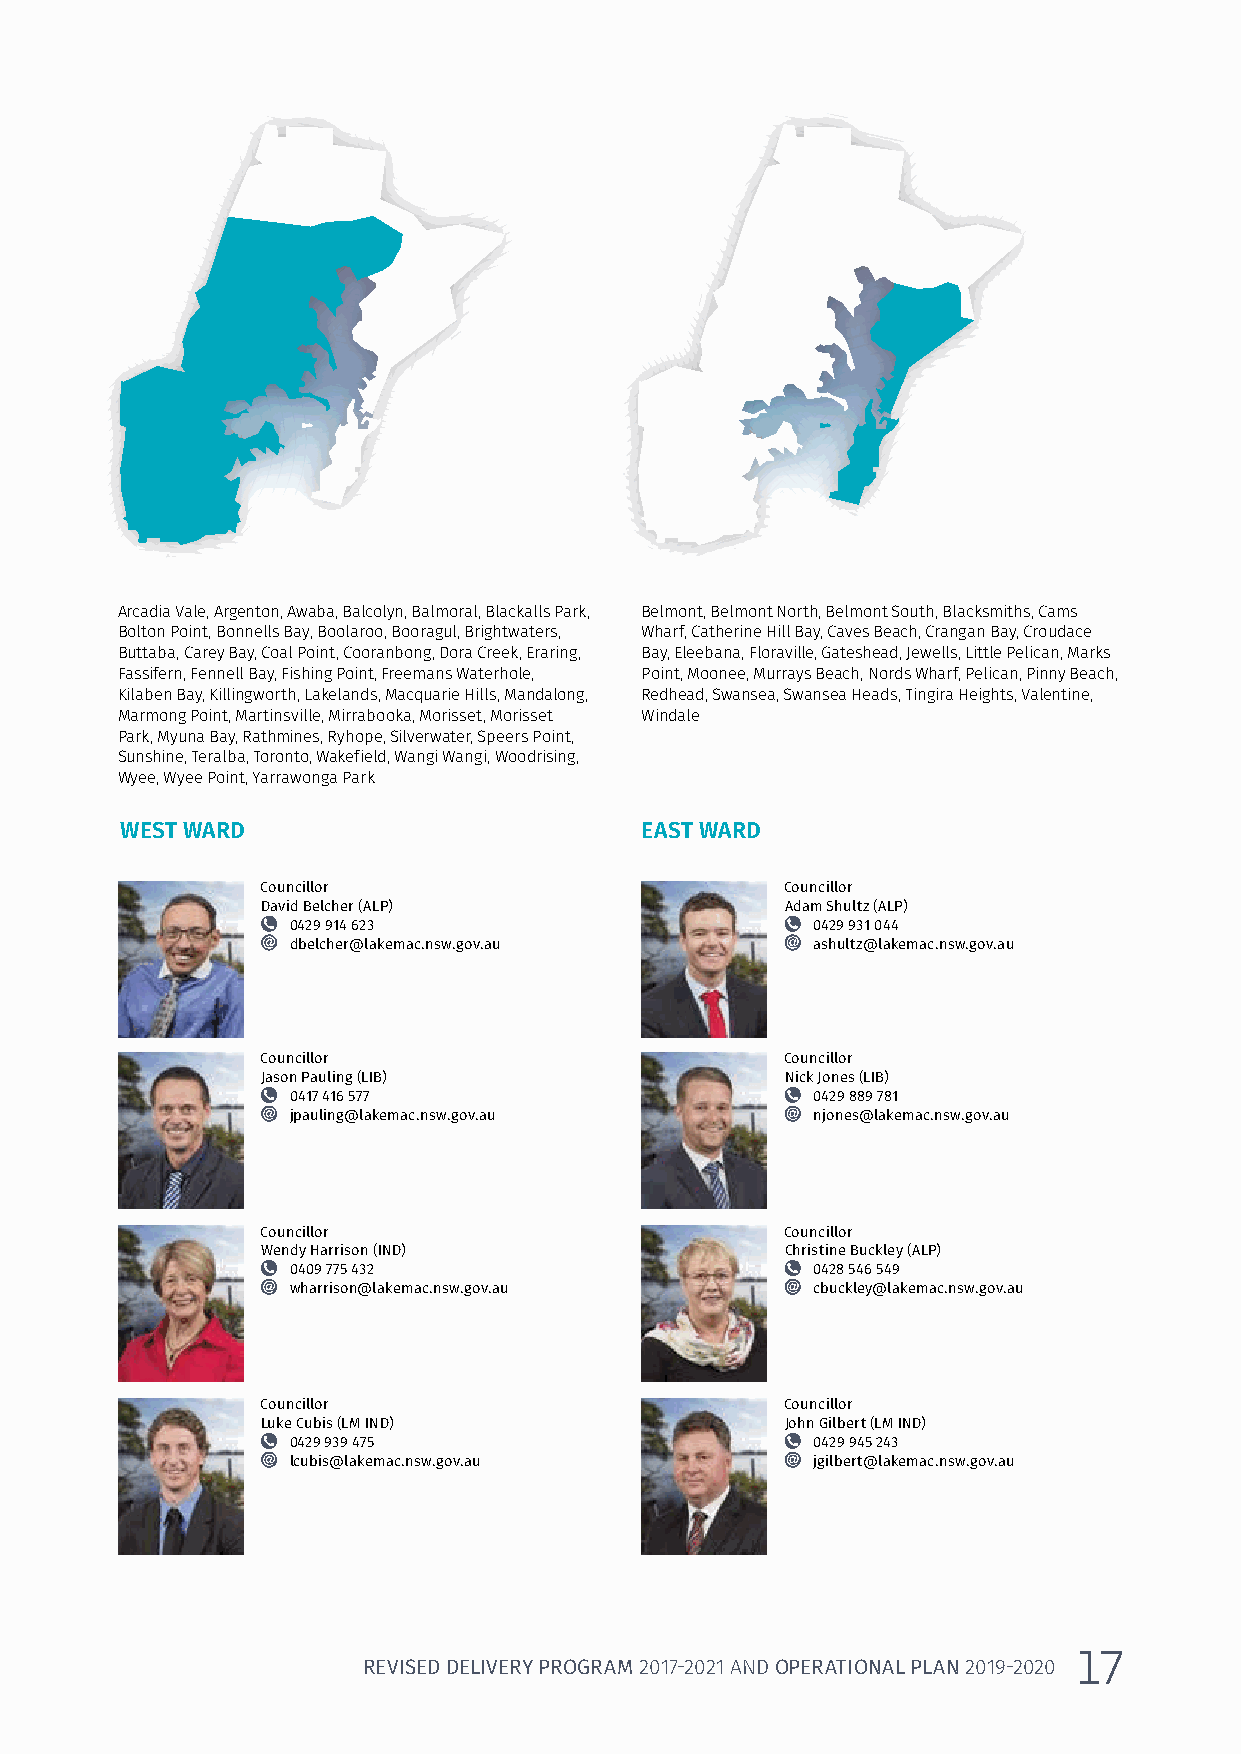
Arcadia Vale, Argenton, Awaba, Balcolyn, Balmoral, Blackalls Park, Belmont, Belmont North, Belmont South, Blacksmiths, Cams
 Bolton Point, Bonnells Bay, Boolaroo, Booragul, Brightwaters, Wharf, Catherine Hill Bay, Caves Beach, Crangan Bay, Croudace
 Buttaba, Carey Bay, Coal Point, Cooranbong, Dora Creek, Eraring, Bay, Eleebana, Floraville, Gateshead, Jewells, Little Pelican, Marks
 Fassifern, Fennell Bay, Fishing Point, Freemans Waterhole, Point, Moonee, Murrays Beach, Nords Wharf, Pelican, Pinny Beach,
 Kilaben Bay, Killingworth, Lakelands, Macquarie Hills, Mandalong, Redhead, Swansea, Swansea Heads, Tingira Heights, Valentine,
 Marmong Point, Martinsville, Mirrabooka, Morisset, Morisset Windale
 Park, Myuna Bay, Rathmines, Ryhope, Silverwater, Speers Point,
 Sunshine, Teralba, Toronto, Wakefield, Wangi Wangi, Woodrising,
 Wyee, Wyee Point, Yarrawonga Park
 WEST WARD                         EAST WARD
 Councillor                         Councillor
 David Belcher (ALP)                Adam Shultz (ALP)
 0429 914 623                       0429 931 044
 dbelcher@lakemac.nsw.gov.au        ashultz@lakemac.nsw.gov.au
 Councillor                         Councillor
 Jason Pauling (LIB)                Nick Jones (LIB)
 0417 416 577                       0429 889 781
 jpauling@lakemac.nsw.gov.au        njones@lakemac.nsw.gov.au
 Councillor                         Councillor
 Wendy Harrison (IND)               Christine Buckley (ALP)
 0409 775 432                       0428 546 549
 wharrison@lakemac.nsw.gov.au       cbuckley@lakemac.nsw.gov.au
 Councillor                         Councillor
 Luke Cubis (LM IND)                John Gilbert (LM IND)
 0429 939 475                       0429 945 243
 lcubis@lakemac.nsw.gov.au          jgilbert@lakemac.nsw.gov.au
 111777
 RREEVVIISSEEDD DDEELLIIVVEERRYY PPRROOGGRRAAMM 22001177--22002211 AANNDD OOPPEERRAATTIIOONNAALL PPLLAANN 22001199--22002200